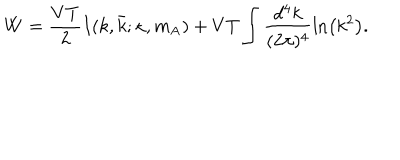
W = \frac { V T } { 2 } I ( k , \bar { k } ; \kappa , m _ { \mathrm { A } } ) + V T \int \frac { d ^ { 4 } k } { ( 2 \pi ) ^ { 4 } } \ln \left( k ^ { 2 } \right) .